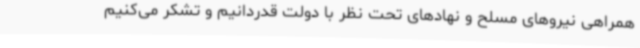
همراهی نیروهای مسلح و نهادهای تحت نظر با دولت قدردانیم و تشکر می‌کنیم